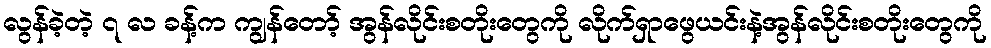
လွန်ခဲ့တဲ့ ၇ လ ခန့်က ကျွန်တော့် အွန်လိုင်းစတိုးတွေကို လိုက်ရှာဖွေယင်းနဲ့အွန်လိုင်းစတိုးတွေကို